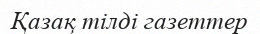
Қазақ тілді газеттер